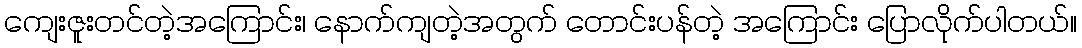
ကျေးဇူးတင်တဲ့အကြောင်း၊ နောက်ကျတဲ့အတွက် တောင်းပန်တဲ့ အကြောင်း ပြောလိုက်ပါတယ်။